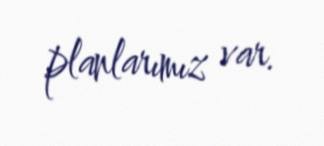
planlarımız var.